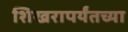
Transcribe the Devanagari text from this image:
शिखरापर्यंतच्या